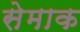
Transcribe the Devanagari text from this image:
सेमाक